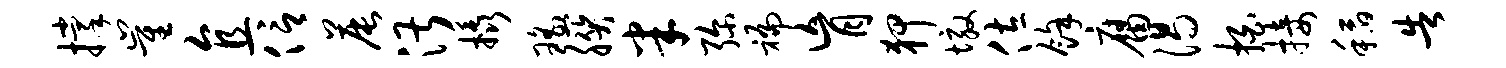
撑崔直信晨湛橇瑶朕半弥褊肓狎墩佐余腐渴拍接稻告